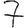
Digit: 7